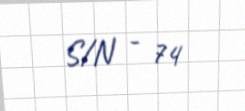
S/N - 74